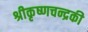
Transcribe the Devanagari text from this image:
श्रीकृष्णचन्द्रकी